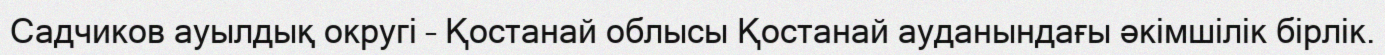
Садчиков ауылдық округі – Қостанай облысы Қостанай ауданындағы әкімшілік бірлік.